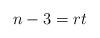
LaTeX: \begin{align*} {n-3}=rt \end{align*}